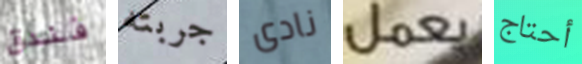
فندق جربته نادى يعمل أحتاج